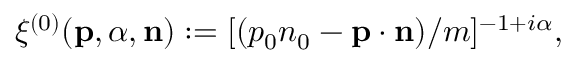
\xi ^ { ( 0 ) } ( { \bf p } , { \alpha } , { \bf n } ) : = [ ( p _ { 0 } n _ { 0 } - { \bf p } \cdot { \bf n } ) / m ] ^ { - 1 + i \alpha } ,